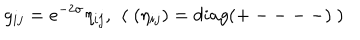
LaTeX: g _ { i j } = e ^ { - 2 \sigma } \eta _ { i j } , ~ \left( ~ ( \eta _ { i j } ) = d i a g ( + --- - ) ~ \right)